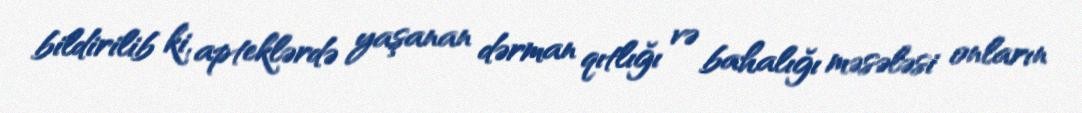
bildirilib ki, apteklərdə yaşanan dərman qıtlığı və bahalığı məsələsi onların